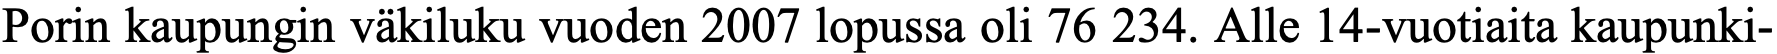
Porin kaupungin väkiluku vuoden 2007 lopussa oli 76 234. Alle 14-vuotiaita kaupunki-